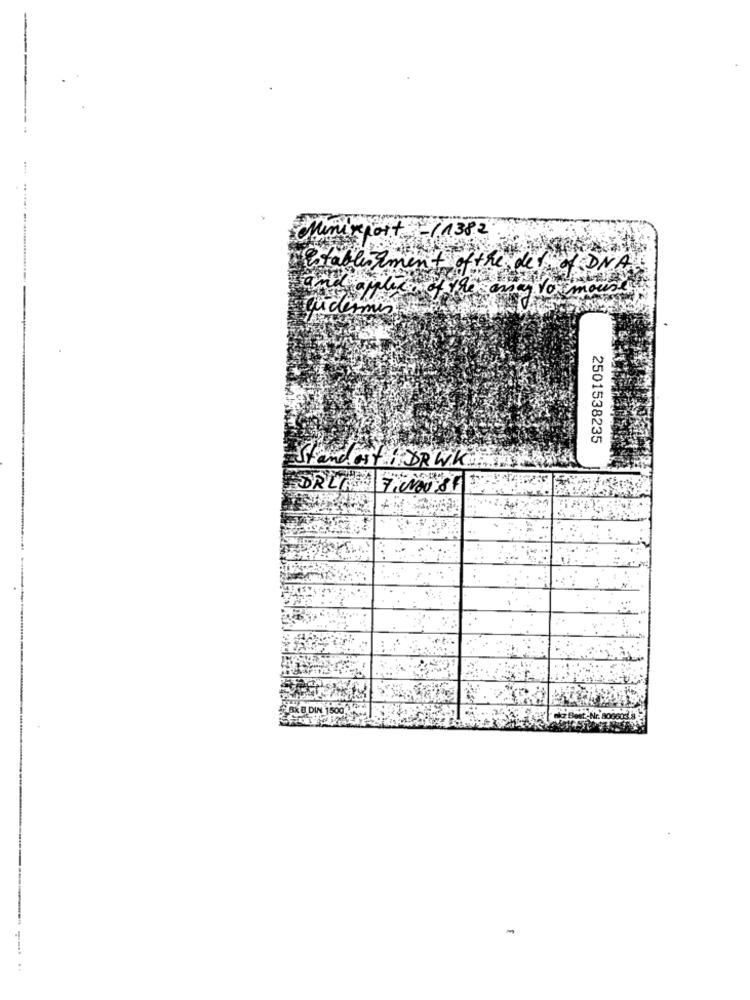
Minixport: - 11382
Establishment of the det. of DNA
applece of the
qudermis
2501538235
Standoff. .. DRW.K.
DRLA 7.000.85